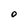
Character: o